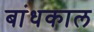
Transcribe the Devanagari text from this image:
बांधकाल